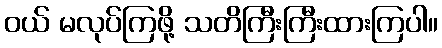
ဝယ် မလုပ်ကြဖို့ သတိကြီးကြီးထားကြပါ။